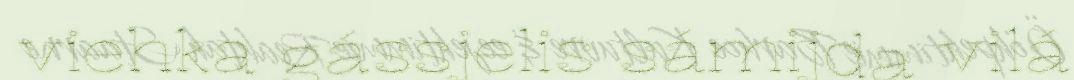
viehka gássjelis sámijda vilá